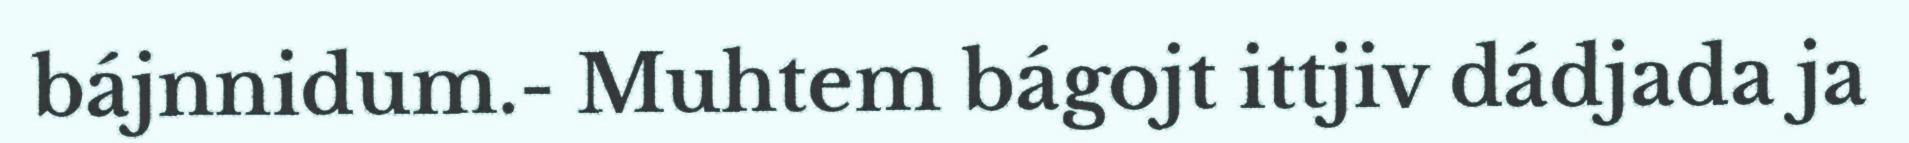
bájnnidum.- Muhtem bágojt ittjiv dádjada ja